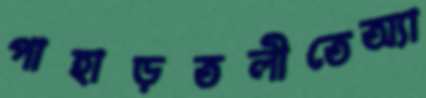
পাহাড়তলীতেঅ্যা